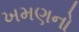
ખમણનો